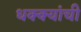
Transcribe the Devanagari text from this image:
धक्क्यांची